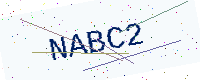
Text: NABC2